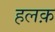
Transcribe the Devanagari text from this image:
हलक़